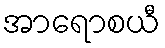
အာရောစယီ